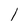
Character: 1